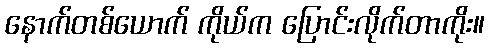
နောက်တစ်ယောက် ကိုယ်က ပြောင်းလိုက်တာကိုး။